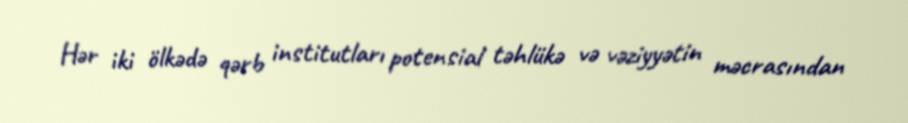
Hər iki ölkədə qərb institutları potensial təhlükə və vəziyyətin məcrasından